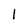
Character: 1